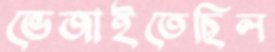
ভেজাইতেছিল